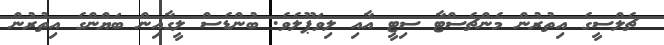
ޗެލްސީގެ އިތުރުން މެންޗެސްޓާ ސިޓީ އާއި ލިވަޕޫލެވެ. ބުންޑެސް ލީގާއިން ބަޔްންގެ އިތުރުން